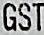
GST